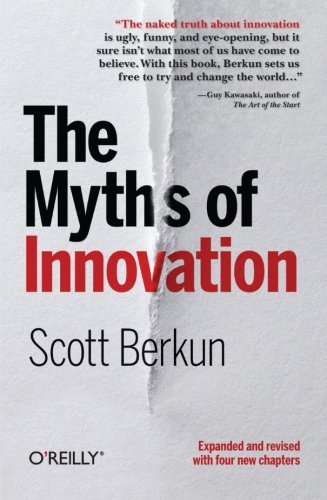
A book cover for The Myths of Innovation; Scott Berkun; Business & Money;